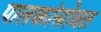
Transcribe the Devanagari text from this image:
पालकांसोबत